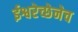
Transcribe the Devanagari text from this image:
ईश्वरेच्छेनेच